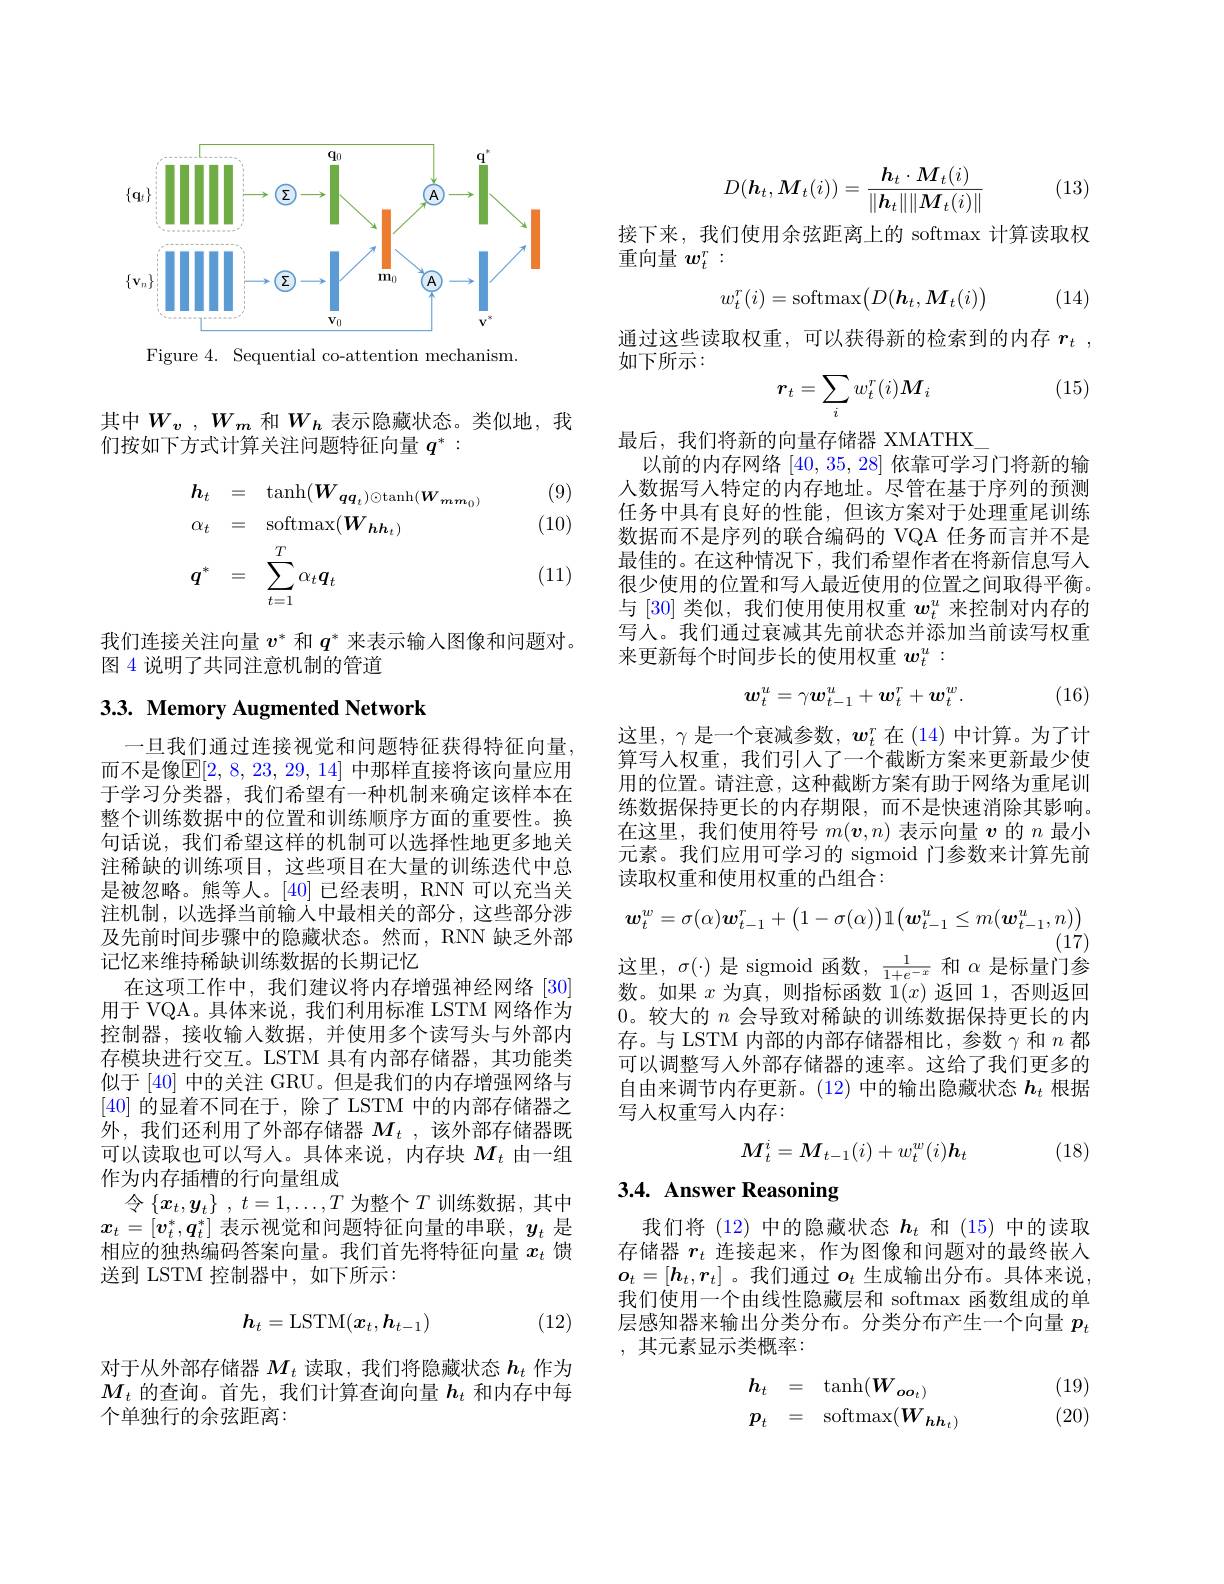
<FigureHere>
Figure 4. Sequential co-attention mechanism.

其中$W_v$ $, W_m$ 和$W_h$ 表示隐藏状态。类似地，我
们按如下方式计算关注问题特征向量$q^*:$

(9)

(10)
$$\begin{aligned}&\boldsymbol{h}_{t}=\quad\mathrm{tanh}(\boldsymbol{W}_{\boldsymbol{q}\boldsymbol{q}_{t}})\odot\mathrm{tanh}(\boldsymbol{W}_{\boldsymbol{m}\boldsymbol{m}_{0}})\\&\alpha_{t}=\quad\mathrm{softmax}(\boldsymbol{W}_{\boldsymbol{h}\boldsymbol{h}_{t}})\\&\boldsymbol{q}^{*}=\quad\sum_{t=1}^{T}\alpha_{t}\boldsymbol{q}_{t}\end{aligned}$$
(11)

我们连接关注向量$v^*$和$q^*$来表示输入图像和问题对。
图 4 说明了共同注意机制的管道

## 3.3. Memory Augmented Network

一旦我们通过连接视觉和问题特征获得特征向量而不是像$\mathbb{E}[2,8,23,29,14]$ 中那样直接将该向量应用于学习分类器，我们希望有一种机制来确定该样本在整个训练数据中的位置和训练顺序方面的重要性。换句话说，我们希望这样的机制可以选择性地更多地关注稀缺的训练项目，这些项目在大量的训练迭代中总是被忽略。熊等人。[40] 已经表明，RNN 可以充当关注机制，以选择当前输入中最相关的部分，这些部分涉及先前时间步骤中的隐藏状态。然而，RNN 缺乏外部记忆来维持稀缺训练数据的长期记忆
在这项工作中，我们建议将内存增强神经网络[30] 用于 VQA。具体来说，我们利用标准 LSTM 网络作为控制器，接收输人数据，并使用多个读写头与外部内存模块进行交互。LSTM 具有内部存储器，其功能类似于 [40] 中的关注 GRU。但是我们的内存增强网络与[40]的显着不同在于，除了 LSTM 中的内部存储器之外，我们还利用了外部存储器$M_t$ , 该外部存储器既可以读取也可以写人。具体来说，内存块$M_t$由一组作为内存插槽的行向量组成
令$\{ x_t, y_t\}$ , $t= 1, \ldots , T$为整个$T$训练数据，其中$x_t=[v_t^*,q_t^*]$表示视觉和问题特征向量的串联，$y_t$是相应的独热编码答案向量。我们首先将特征向量$x_t$馈送到 LSTM 控制器中，如下所示：
$$h_t=\mathrm{LSTM}(x_t,h_{t-1})$$
(12)

对于从外部存储器$M_t$读取，我们将隐藏状态$h_t$作为$M_t$的查询。首先，我们计算查询向量$h_t$和内存中每个单独行的余弦距离：

(13)
$$D(\boldsymbol{h}_t,\boldsymbol{M}_t(i))=\frac{\boldsymbol{h}_t\cdot\boldsymbol{M}_t(i)}{\|\boldsymbol{h}_t\|\|\boldsymbol{M}_t(i)\|}$$
接下来，我们使用余弦距离上的 softmax 计算读取权
重向量$w_t^r:$
$$w_t^r(i)=\mathrm{softmax}\big(D(\boldsymbol{h}_t,\boldsymbol{M}_t(i)\big)$$
(14)

通过这些读取权重，可以获得新的检索到的内存$r_t$ ,
如下所示：
$$r_t=\sum_iw_t^r(i)M_i$$
(15)

最后，我们将新的向量存储器 XMATHX\_
以前的内存网络[40,35,28]依靠可学习门将新的输人数据写人特定的内存地址。尽管在基于序列的预测任务中具有良好的性能，但该方案对于处理重尾训练数据而不是序列的联合编码的 VQA 任务而言并不是最佳的。在这种情况下，我们希望作者在将新信息写人很少使用的位置和写人最近使用的位置之间取得平衡。与 [30] 类似，我们使用使用权重$w_t^u$来控制对内存的写人。我们通过衰减其先前状态并添加当前读写权重来更新每个时间步长的使用权重$w_t^u:$
$$\boldsymbol{w}_t^u=\gamma\boldsymbol{w}_{t-1}^u+\boldsymbol{w}_t^r+\boldsymbol{w}_t^w.$$
(16)

这里，$\gamma$是一个衰减参数，$w_t^r$在 (14) 中计算。为了计算写人权重，我们引入了一个截断方案来更新最少使用的位置。请注意，这种截断方案有助于网络为重尾训练数据保持更长的内存期限，而不是快速消除其影响。在这里，我们使用符号$m(\boldsymbol{v},n)$表示向量$v$的$n$最小元素。我们应用可学习的 sigmoid 门参数来计算先前读取权重和使用权重的凸组合：
$$\boldsymbol{w}_{t}^{w}=\sigma(\alpha)\boldsymbol{w}_{t-1}^{r}+\left(1-\sigma(\alpha)\right)\mathbb{1}\big(\boldsymbol{w}_{t-1}^{u}\leq m(\boldsymbol{w}_{t-1}^{u},n)\big)$$
$(1\acute{7})$
这里，$\sigma(\cdot)$是 sigmoid 函数，$\frac1{1+e^{-x}}$和$\alpha$是标量门参数。如果$x$为真，则指标函数 1$(x)$返回 1,否则返回0。较大的$n$会导致对稀缺的训练数据保持更长的内存。与 LSTM 内部的内部存储器相比，参数$\gamma$和$n$都可以调整写人外部存储器的速率。这给了我们更多的自由来调节内存更新。(12)中的输出隐藏状态$h_t$根据写人权重写人内存：
$$M_t^i=M_{t-1}(i)+w_t^w(i)\boldsymbol{h}_t$$
(18)

## 3.4. Answer Reasoning

我们将(12)中的隐藏状态$h_t$和 (15)中的读取存储器$r_t$连接起来，作为图像和问题对的最终嵌入$\boldsymbol{o}_t=[\boldsymbol{h}_t,\boldsymbol{r}_t]$ 。我们通过 $o_t$ 生成输出分布。具体来说， 我们使用一个由线性隐藏层和 softmax 函数组成的单层感知器来输出分类分布。分类分布产生一个向量$p_t$ ,其元素显示类概率：

(19) (20)
$$\begin{array}{rcl}\boldsymbol{h}_t&=&\tanh(\boldsymbol{W}_{\boldsymbol{oo}_t)}\\\boldsymbol{p}_t&=&\operatorname{softmax}(\boldsymbol{W}_{\boldsymbol{hh}_t)}\end{array}$$